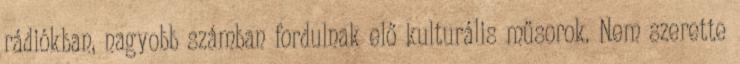
rádiókban, nagyobb számban fordulnak elő kulturális műsorok. Nem szerette